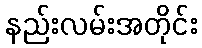
နည်းလမ်းအတိုင်း